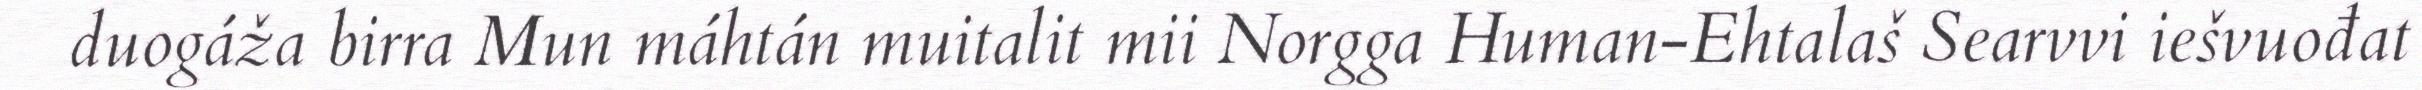
duogáža birra Mun máhtán muitalit mii Norgga Human-Ehtalaš Searvvi iešvuođat